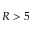
R > 5